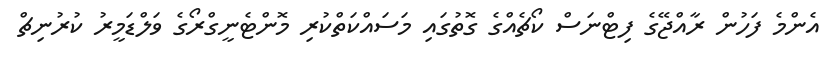
އެންމެ ފަހުން ރާއްޖޭގެ ފިޓްނަސް ކޯޗެއްގެ ގޮތުގައި މަސައްކަތްކުރި މޮންޓެނީގްރޯގެ ވަލްޑަމީރު ކުރުނިޗް